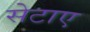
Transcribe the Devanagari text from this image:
सेटाए